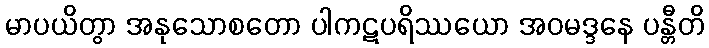
မာပယိတွာ အနုသောစတော ပါကဋပရိဿယော အဝမဒ္ဒနေ ပန္တီတိ